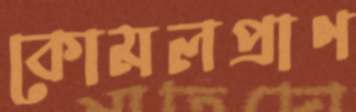
কোমলপ্রাণ